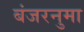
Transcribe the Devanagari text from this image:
बंजरनुमा